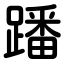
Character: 蹯